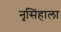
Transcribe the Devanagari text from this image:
नृसिंहाला